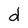
Character: d